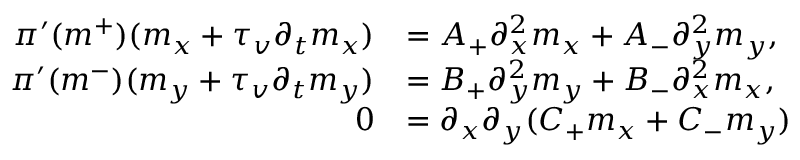
\begin{array} { r l } { \pi ^ { \prime } ( m ^ { + } ) ( m _ { x } + \tau _ { v } \partial _ { t } m _ { x } ) } & { = A _ { + } \partial _ { x } ^ { 2 } m _ { x } + A _ { - } \partial _ { y } ^ { 2 } m _ { y } , } \\ { \pi ^ { \prime } ( m ^ { - } ) ( m _ { y } + \tau _ { v } \partial _ { t } m _ { y } ) } & { = B _ { + } \partial _ { y } ^ { 2 } m _ { y } + B _ { - } \partial _ { x } ^ { 2 } m _ { x } , } \\ { 0 } & { = \partial _ { x } \partial _ { y } ( C _ { + } m _ { x } + C _ { - } m _ { y } ) } \end{array}